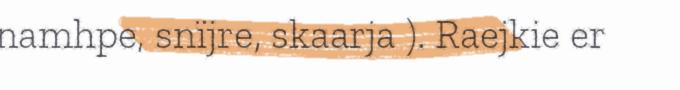
namhpe, snïjre, skaarja ). Raejkie er